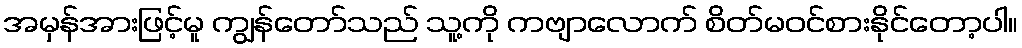
အမှန်အားဖြင့်မူ ကျွန်တော်သည် သူ့ကို ကဗျာလောက် စိတ်မဝင်စားနိုင်တော့ပါ။